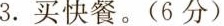
3. 买快餐。（6分）